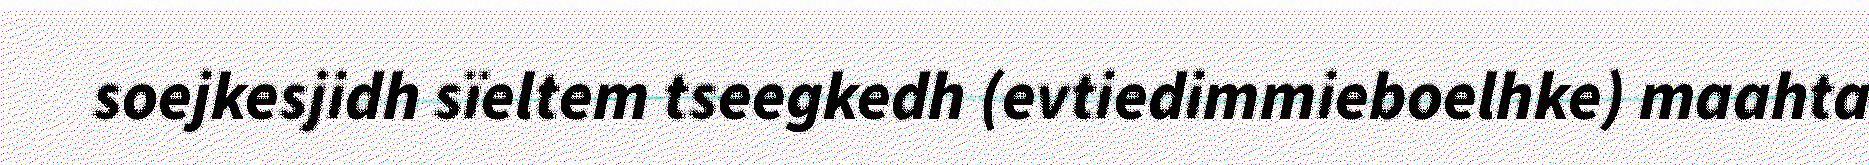
soejkesjidh sïeltem tseegkedh (evtiedimmieboelhke) maahta